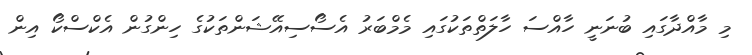
މި މާއްދާގައި ބުނަނީ ހާއްސަ ހާލަތްތަކުގައި މެމްބަރު އެސޯސިއޭޝަންތަކުގެ ހިންގުން އެކްސްކޯ އިން